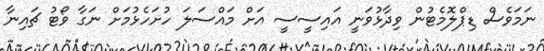
ނަމަވެސް ޑިޕްލޮމެޓުން ވިދާޅުވަނީ އައިސީސީ އަށް މައްސަލަ ހުށަހެޅުމަށް ނަގާ ވޯޓު ޗައިނާ